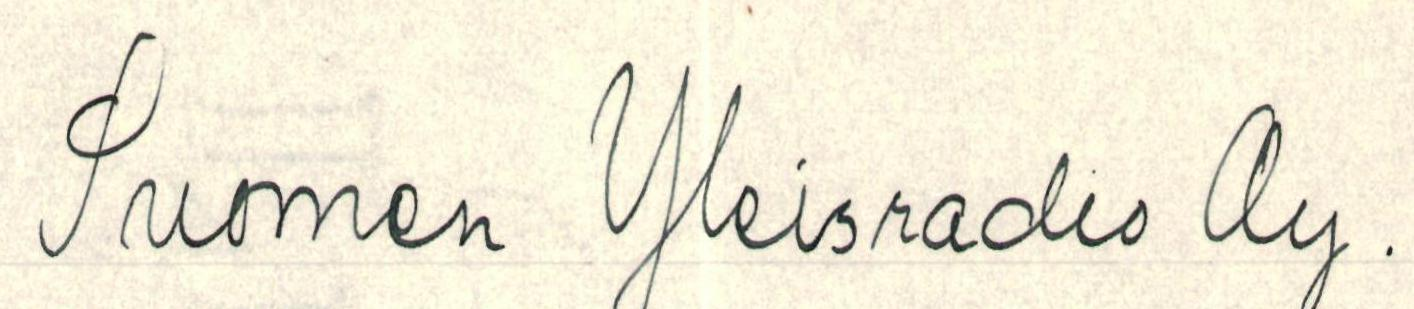
Suomen Yleisradio Oy.